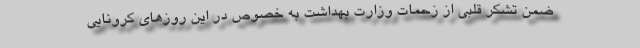
ضمن تشکر قلبی از زحمات وزارت بهداشت به خصوص در این روزهای کرونایی